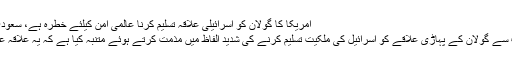
امریکا کا گولان کو اسرائیلی علاقہ تسلیم کرنا عالمی امن کیلئے خطرہ ہے، سعودی عرب – Pakistan Times Online
ریاض: سعودی عرب نے امریکا کی جانب سے گولان کے پہاڑی علاقے کو اسرائیل کی ملکیت تسلیم کرنے کی شدید الفاظ میں مذمت کرتے ہوئے متنبہ کیا ہے کہ یہ علاقہ عرب علاقہ تھا اور عرب علاقہ ہی رہے گا۔